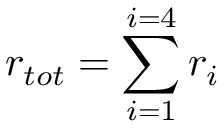
r _ { t o t } = \sum _ { i = 1 } ^ { i = 4 } r _ { i }